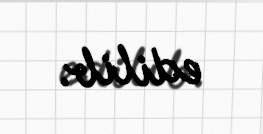
edilib.